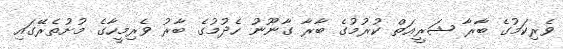
ވެރިކަމުގެ ބާރާ ޝަރީޢަތް ކުރުމުގެ ބާރާ ގާނޫނު ހެދުމުގެ ބާރު ވެރިމީހާގެ މުށުތެރޭގައި